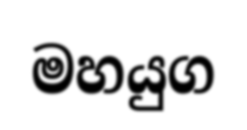
මහයුග